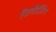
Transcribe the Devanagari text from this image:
रिलीजिंग